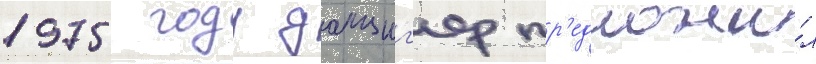
1975 году данциг'ер пр'едложи́л